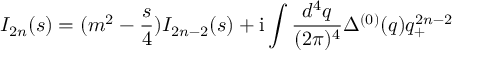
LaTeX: I _ { 2 n } ( s ) = ( m ^ { 2 } - \frac { s } { 4 } ) I _ { 2 n - 2 } ( s ) + \mathrm { i } \int \frac { d ^ { 4 } q } { ( 2 \pi ) ^ { 4 } } \Delta ^ { ( 0 ) } ( q ) q _ { + } ^ { 2 n - 2 }